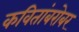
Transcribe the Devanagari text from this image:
कवितांबरोबर